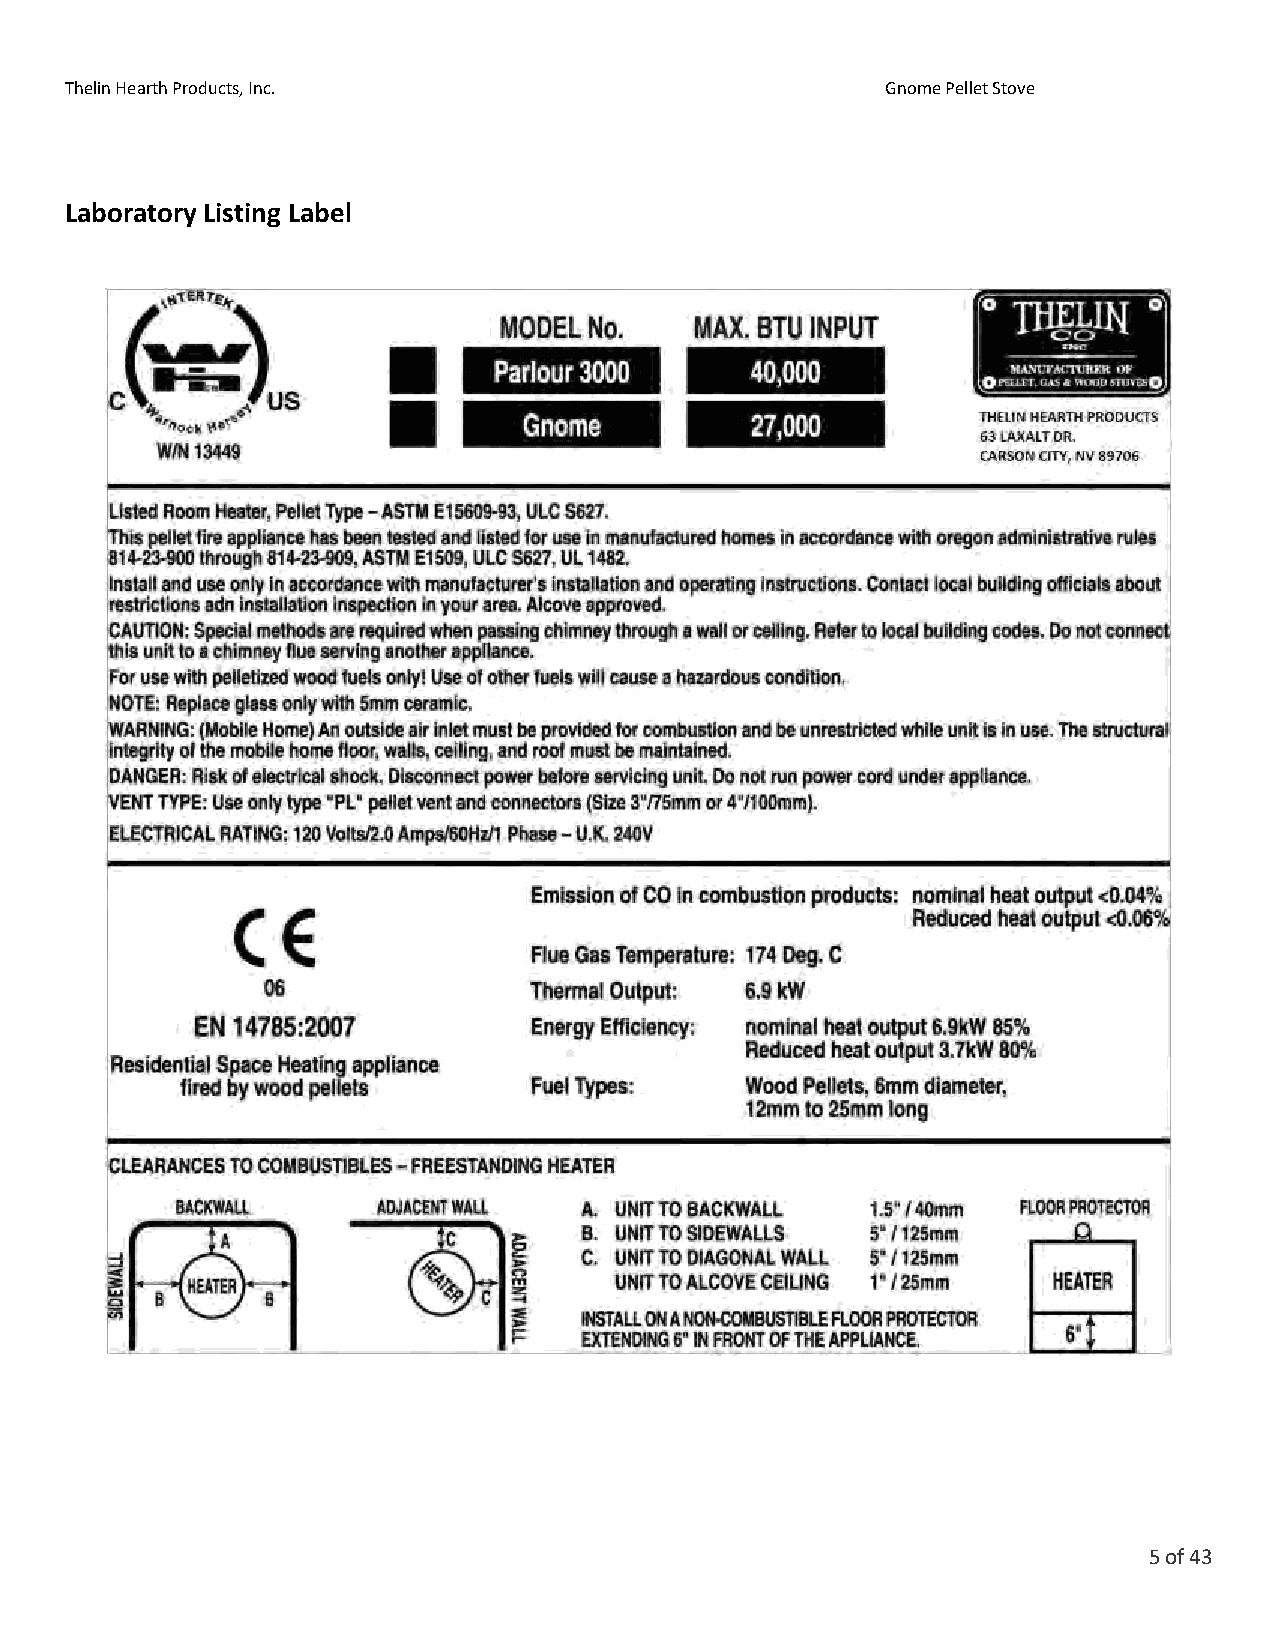
Thelin Hearth Products, Inc.                           Gnome Pellet Stove
 Laboratory Listing Label
 5 of 43